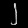
Digit: ၂